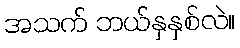
အသက် ဘယ်နှနှစ်လဲ။